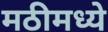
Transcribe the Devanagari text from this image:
मठीमध्ये